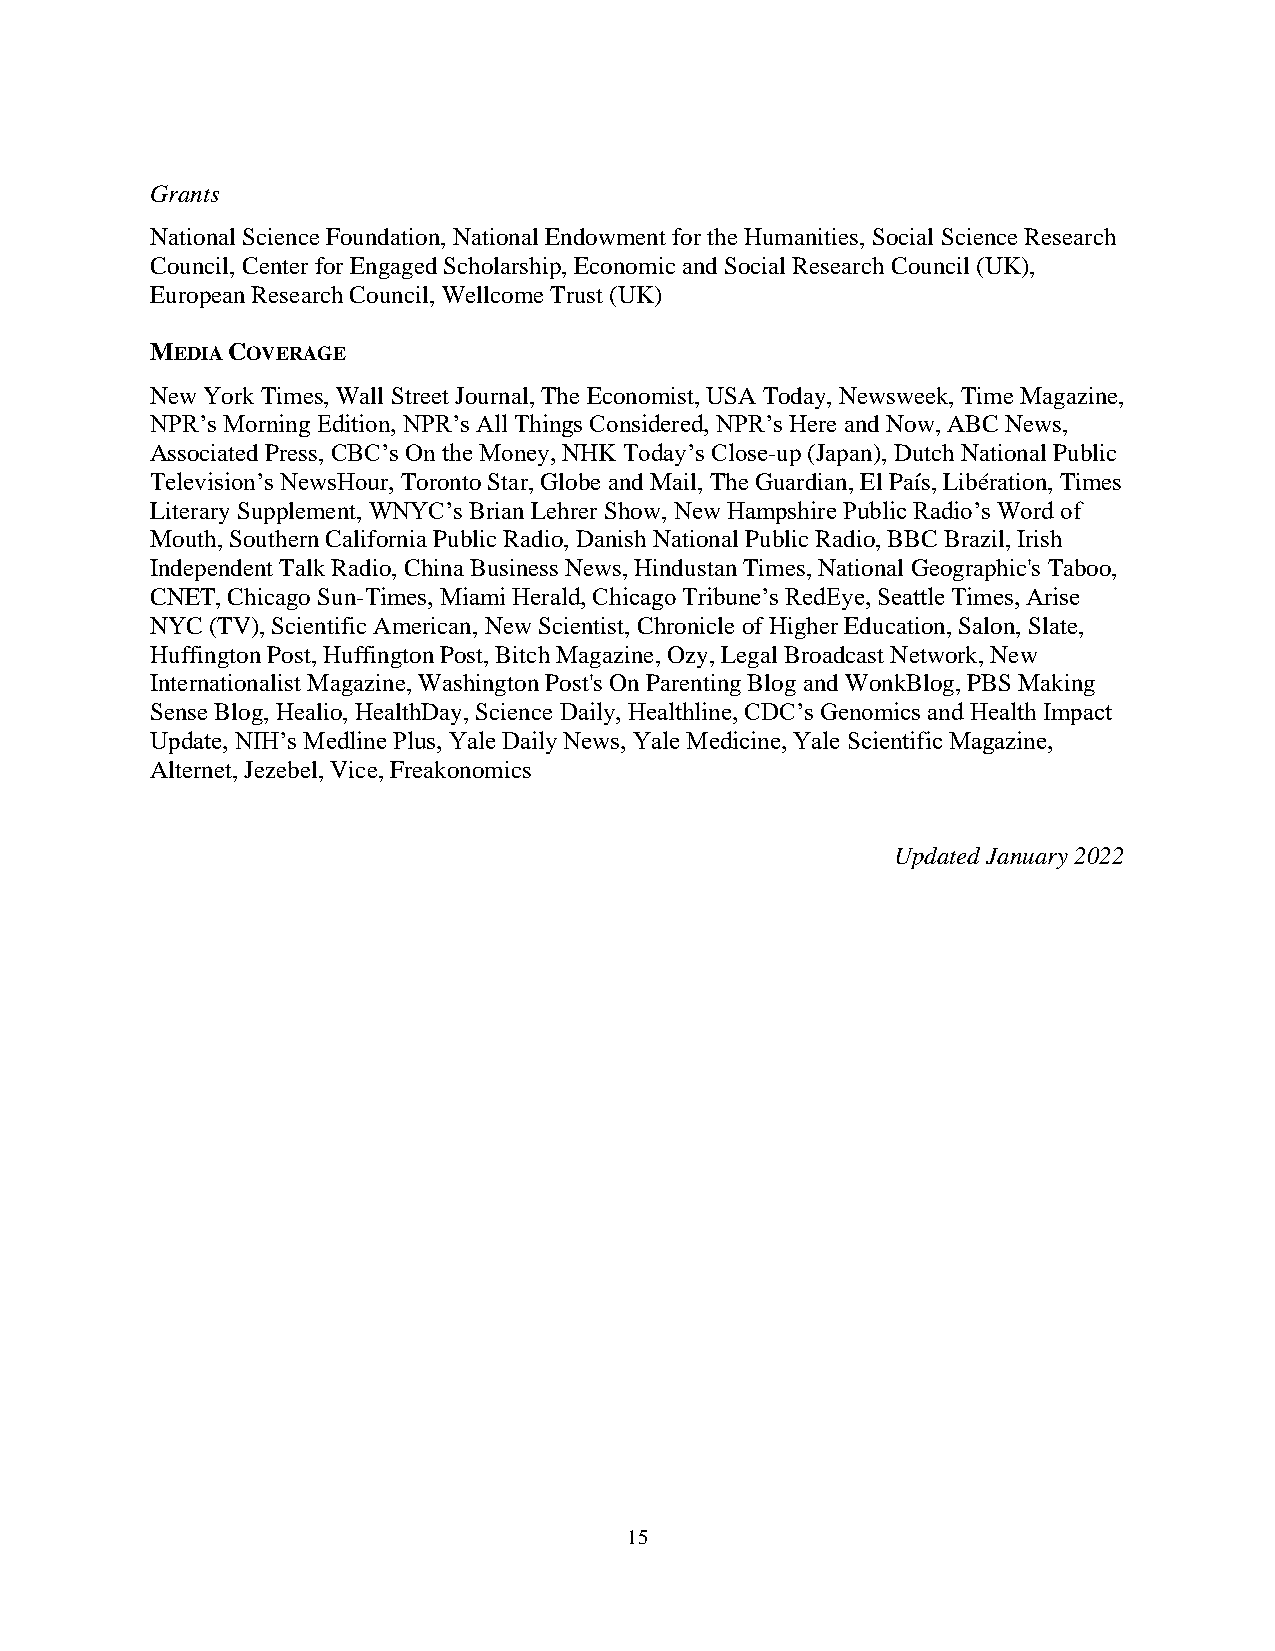
Grants
 National Science Foundation, National Endowment for the Humanities, Social Science Research
 Council, Center for Engaged Scholarship, Economic and Social Research Council (UK),
 European Research Council, Wellcome Trust (UK)
 MEDIA COVERAGE
 New York Times, Wall Street Journal, The Economist, USA Today, Newsweek, Time Magazine,
 NPR’s Morning Edition, NPR’s All Things Considered, NPR’s Here and Now, ABC News,
 Associated Press, CBC’s On the Money, NHK Today’s Close-up (Japan), Dutch National Public
 Television’s NewsHour, Toronto Star, Globe and Mail, The Guardian, El País, Libération, Times
 Literary Supplement, WNYC’s Brian Lehrer Show, New Hampshire Public Radio’s Word of
 Mouth, Southern California Public Radio, Danish National Public Radio, BBC Brazil, Irish
 Independent Talk Radio, China Business News, Hindustan Times, National Geographic's Taboo,
 CNET, Chicago Sun-Times, Miami Herald, Chicago Tribune’s RedEye, Seattle Times, Arise
 NYC (TV), Scientific American, New Scientist, Chronicle of Higher Education, Salon, Slate,
 Huffington Post, Huffington Post, Bitch Magazine, Ozy, Legal Broadcast Network, New
 Internationalist Magazine, Washington Post's On Parenting Blog and WonkBlog, PBS Making
 Sense Blog, Healio, HealthDay, Science Daily, Healthline, CDC’s Genomics and Health Impact
 Update, NIH’s Medline Plus, Yale Daily News, Yale Medicine, Yale Scientific Magazine,
 Alternet, Jezebel, Vice, Freakonomics
 Updated January 2022
 15